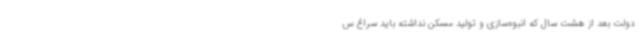
دولت بعد از هشت سال که انبوه‌سازی و تولید مسکن نداشته باید سراغ س